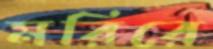
মরিরে